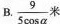
B. \frac{9}{5 \cos \alpha}米